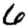
Digit: 6